Annual report of the Bengal Veterinary College and of the Civil Veterinary Department, Bengal, for the year 1920-21 - 1920-1921
Year: 1920
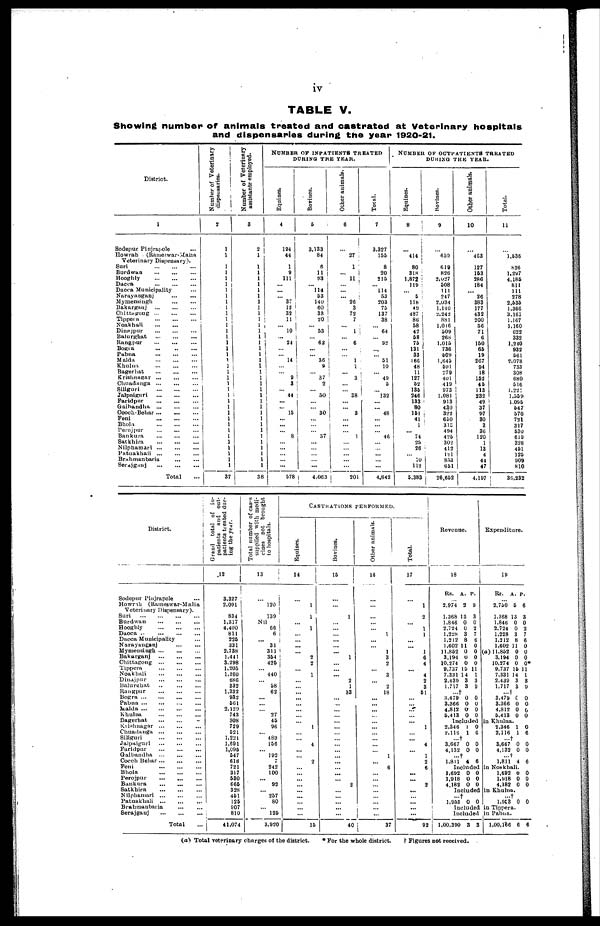
iv
TABLE V.
Showing number of animals treated and castrated at Veterinary hospitals
and dispensaries during the year 1920-21.
District.
1
Sodepur Pinjrapole ...
Howrah
(Rameswar-Maha
Veterinary Dispensary).
Suri
...
...
...
Burdwan ... ... ...
Hooghly
...
...
...
Dacca
...
...
...
Dacca Municipality ...
Narayanganj
...
...
Mymensingh
...
...
Bakarganj
...
...
...
Chittagong
...
...
...
Tippera
...
...
...
Noakhali
...
...
Dinajpur ... ... ...
Baturghat
...
...
...
Rangpur ... ... ...
Bogra
...
...
...
Pabna
...
...
...
Malda
...
...
...
Khulna
...
...
...
Bagerhat
...
...
...
Krishnagar ... ... ...
Chuadanga
...
...
...
Siliguri
...
...
...
Jalpaiguri
...
...
...
Faridpur
...
...
...
Gaibandha ... ... ...
Coach-Behar ... ... ...
Feni
...
...
...
Bhola
...
...
...
Perojpur
...
...
...
Bankura ... ... ...
Satkhira
...
...
...
Nilphamari
...
...
...
Patuakhali
...
...
...
Brahmanbaria
...
...
Serajganj
...
...
...
Total ...
Number of Veterinary
dispensaries.
2
1
1
1
1
1
1
1
1
1
1
1
1
1
1
1
1
1
1
1
1
1
1
1
1
1
1
1
1
1
1
1
1
1
1
1
1
1
37
Number of Veterinary
assistants employed.
3
2
1
1
1
1
1
1
1
1
1
1
1
1
1 1
1
1
1
1
1
1
1
1
1
1
1
1
1
1
1
1
1 1
1
1
1
1
38
NUMBER OF INPATIENTS TREATED
DURING THE YEAR.
Equines.
4
194
44
1
9
111
...
...
...
37
12
32
11
... 10
... 24
...
...
14
...
...
9
3
...
44
...
...
15
...
...
...
8
...
...
...
...
...
578
Bovines.
5
3,133
84
6
11
93
...
114 53
140
60
33
20
... 53
... 62
...
...
36 9
...
37
2
...
50
...
...
30
...
...
...
37
...
...
...
...
...
4,063
Other animals.
6
...
27
1
... 11
...
...
...
26
3
72
7
...
1
...
6
...
...
1
1
...
3
...
...
38
...
...
3
...
...
...
... ...
...
...
...
...
201
Total.
7
3,327
155
8
20
215
...
114
53
203
75
137
38
...
64
...
92
...
...
51 10
...
49 5
... 132
...
...
48
...
...
...
46
...
...
...
...
...
4,842
NUMBER OF OUTPATIENTS TREATED
DURING THE YEAR.
Equines.
8
...
414
80
318
1,872
119
...
5
118
4 9
487
86
58
42
58
75
131
33
166
48
11
127
52
135
246
133
80
151
41
1
...
74 25
26
...
10
112
5,383
Bovines.
9
...
659
619
826
2,027
508
111
247
2,034
1,140
2,242
881
1,016
509
268
1,015
736
509
1,645
591
279
401
419
973
1,081
913
430
322
650
313
494
425
302
412
121
853
651
26,652
Other animals.
10
...
463
127
153
286
184
... 26
383
177
432
200
56
71
6
150
65
19
267
94
18
152
45
113
232
49
37
97
30
3
36
120
1
13
4
44
47
4,197
Total.
11
...
1,536
826
1,297
4,185
811
111
278
2,535
1,366
3,161
1,167
1,160
622
332
1,240
932
561
2,078
733
308
680
516
1,221
1,559
1,095
547
570
721
317
530
619
328
451
125
909
810
35,232
District.
Sodepur Pinjrapole ...
Howrah (Rameswar-Malia
Veterinary Dispensary).
Suri
...
...
...
...
Burdwan
...
...
...
...
Hooghly
...
...
...
Dacca
...
...
...
...
Dacca Municipality ...
Narayanganj ... ...
Mymensingh ... ... ...
Bakarganj
...
...
...
Chittagong
...
...
...
Tippera
...
...
...
Noakhali
...
...
...
Dinajpur ... ... ...
Balurghat
...
...
...
Rangpur
...
...
...
Bogra
...
...
...
...
Pabna ... ... ... ...
Malda ... ... ... ...
Khulna
...
...
...
Bagerhat ... ... ...
Krishnagar
...
...
...
Chuadanga
...
...
...
Siliguri
...
...
...
Jalpaiguri ... ... ...
Faridpur
...
...
...
Gaibandha
...
...
...
Coach Behar
...
...
...
Feni ... ... ...
Bhola
...
...
...
Perojpur ... ... ...
Bankura ... ... ...
Satkhira
...
...
...
Nilphamari ... ... ...
Patuakhali
...
...
...
Brahrmanbaria
...
...
Serajganj
...
...
...
Total ...
Grand total of in-
patients and out-
patients treated dur-
ing the year.
12
3,327
2,091
834
1,317
4,400
811
225
331
2,738
1,441
3,298
1,205
1,160
686
332
1,332
932
561
2,129
743
308
729
521
1,221
1,691
1,095
547
618
721
317
530
665
328
451
125
907
810
41,074
Total number of cases
supplied with medi-
cines not brought
to hospitals.
13
...
120
139
Nil
66
6
...
31
311
354
425
...
440
...
58
62
...
...
...
27
45
96
...
489
156
...
192
7
242
100
...
92
...
257
80
...
125
3,920
CASTRATIONS PERFORMED.
Equines.
14
...
1
1
...
1
...
...
...
... 2
2
...
1
...
...
...
...
...
...
...
...
1
...
...
4
...
...
2
...
...
...
...
...
...
...
...
...
15
Bovines.
15
...
...
1
...
...
...
...
...
...
1
...
...
...
2
1
33
...
...
...
...
...
...
...
...
...
...
...
...
...
...
...
2
...
...
...
...
...
40
Other animals.
16
...
...
...
...
...
1
...
...
1
3
2
...
3
...
2
18
...
...
...
...
...
...
...
...
...
...
1
...
6
...
...
...
...
...
...
...
...
37
Total.
17
...
1
2
...
1
1
...
...
1
6
4
...
4
2
3
51
...
...
...
...
...
1
...
...
4
...
1
2
6
...
...
2
...
...
...
...
...
92
Revenue.
18
Rs.
...
2,974
1,368
1,846
2,724
1,228
1,212
1,602
11,852
3,194
10,274
9,737
7,331
2,439
1,717
... †
3,479
3,366
4,812
5,413
Inc
2,346
2,116
... †
3,667
4,132
... †
1,811
In
1,692
1,918
4,182
In
...†
1,953
In
In
1,00,390
A.
2
13
0
0
3
8
11
0
0
0
15
14
3
3
0
0
0
0
lud
1
1
0
0
4
clu
0
0
0
clu
0
clu
clud
3
P.
9
3
0
2
7
6
0
0
0
0
11
1
3
9
0
0
0
0
Expenditure.
19
Rs.
...
2,750
1,368
1,846
2,724
1,228
1,212
1,602
(a) 11,852
3,194
10,274
9,737
7,331
2,439
1,717
...†
3,479
3,366
4,812
5,413
ed in Khulna
0
6
0
0
6
2,346
2,116
...†
3,667
4,132
...†
1,811
ded in Noakh
0
0
0
1,692
1,918
4,182
ded in Khuln
0
... †
1,953
ded in Tipper
ed in Pabna
3
1,00,166
A.
5
13
0
0
3
8
11
0
0
0
15
14
3
3
0
0
0
0
.
1
1
0
0
4
ali
6
0
0
a.
0
a.
.
6
p.
6
3
0
2
7
6
0
0
0
0 *
11
1
3
9
0
0
0
0
0
6
0
0
6
.
0
0
0
0
6
(a) Total veterinary charges of the district.
* For the whole district.
Figures not received.